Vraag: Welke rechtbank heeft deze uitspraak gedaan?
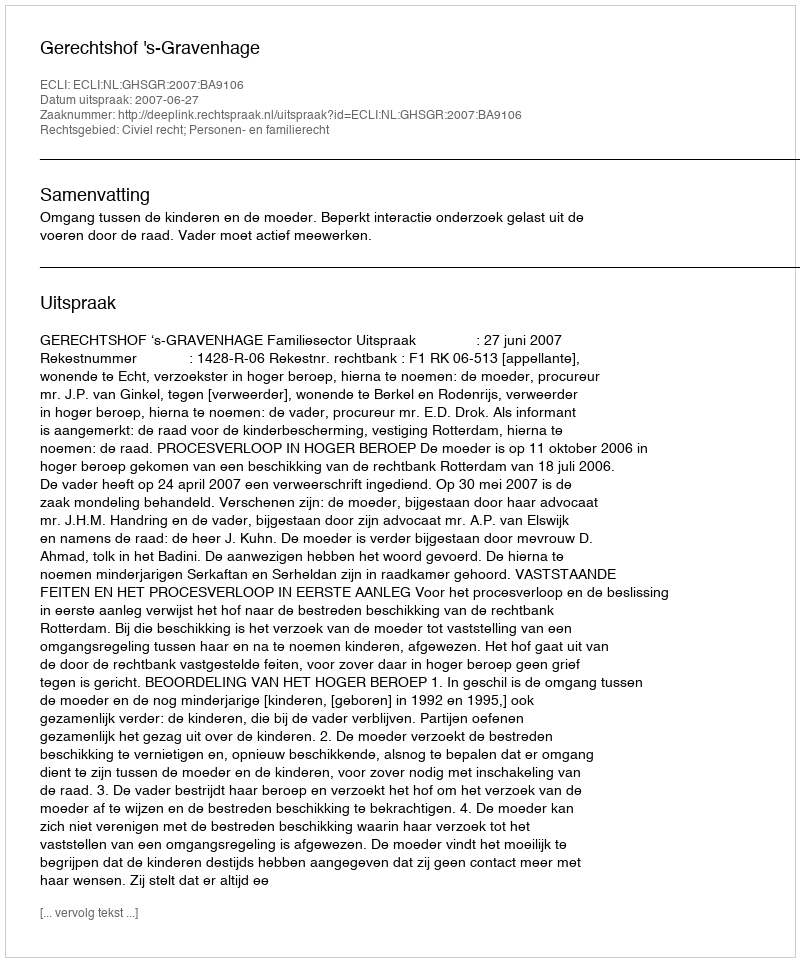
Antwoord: Gerechtshof 's-Gravenhage